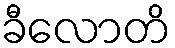
ခီလောတိ